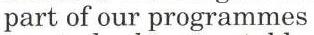
part of our programmes